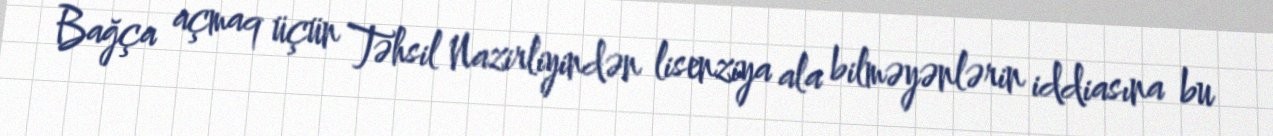
Bağça açmaq üçün Təhsil Nazirliyindən lisenziya ala bilməyənlərin iddiasına bu